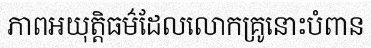
ភាពអយុត្តិធម៌ដែលលោកគ្រូនោះបំពាន